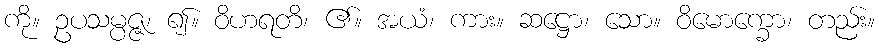
ကို။ ဥပသမ္ပဇ္ဇ၊ ၍။ ဝိဟရတိ၊ ၏။ အယံ၊ ကား။ ဆဋ္ဌော၊ သော။ ဝိမောက္ခော၊ တည်း။